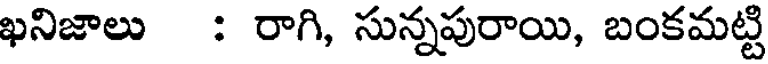
ఖనిజాలు : రాగి, సున్నపురాయి, బంకమట్టి